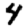
Digit: 4